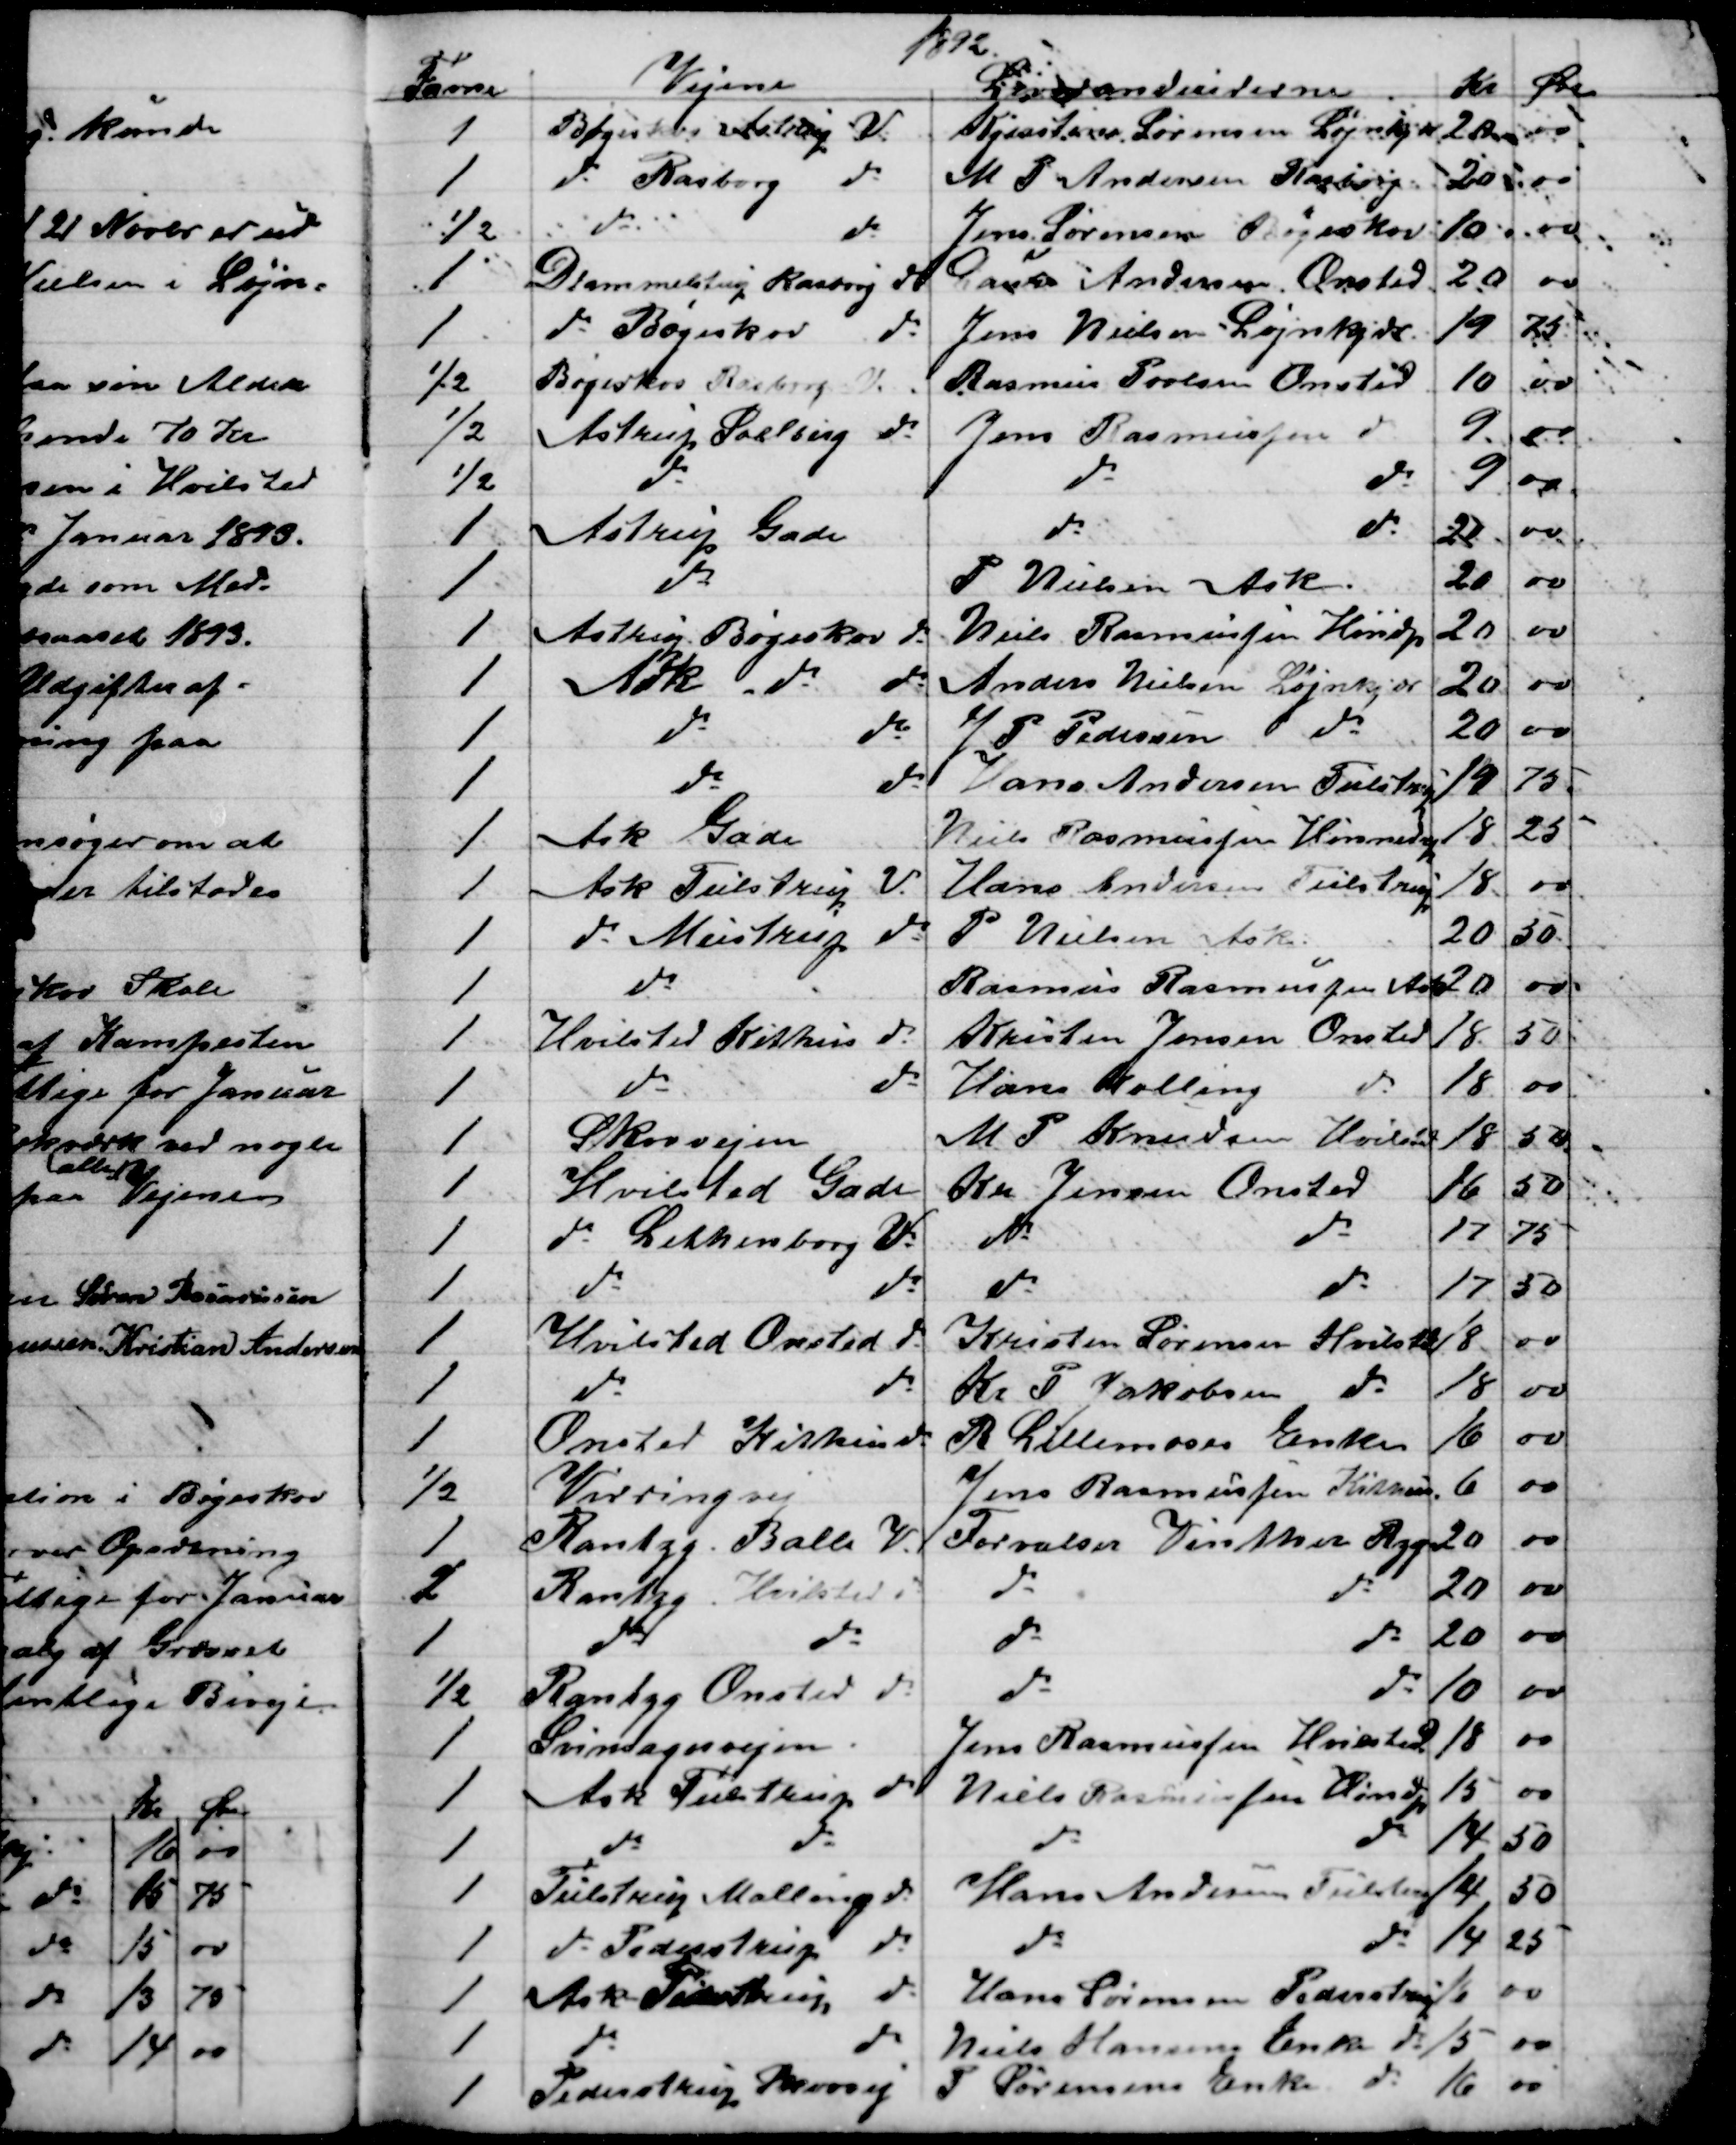
Transskription:
1892
Favne
Vejene
Leverandeurerne
Kr Øre
1
Bøgeskov Astrup V
Kjerstian Sørensen Løjnkjær
20
00
1
do Rasborg 
do
M P Andersen Rasborg
20
00
½
do
do
Jens Sørensen Bøgeskov
10
00
1
Drammelstrup Rasborg do
Laurs Andersen, Onsted
20
00
1
do Bøgeskov do
Jens Nielsen Løjnkjær
19
25 
½
Bøgeskov Rasbjerg V.
Rasmus Povlsen Onsted
10
00
½
Astrup Soelberg do
Jens Rasmussen do
9.
00
½
do
do
do
9
00
1 
Astrup Gade
do 
do
20
00
1
do
P Nielsen Ask
20
00
1
Astrup Bøgeskov do
Niels Rasmussen Hindp
20
00
1
Ask do do
Anders Nielsen Løjnkjær
20
00
1
do 
do
J. P. Pedersen do
20
00
1
do 
do
Hans AndersenTulstrup
19
75
1
Ask Gade
Niels Rasmussen Hinnedrup
18
25
1
Ask Tulstrup V.
Hans Andersen Tulstrup
18
00
1
do Mustrup do
P. Nielsen Ask
20
50
1
do 
Rasmus Rasmussen Ask
20
00
1
Hvilsted Kithus do
Kristen Jensen Onsted
18
50
1
do 
do 
Hans Kolling
do
18
00
1
Skovvejen
M P Knudsen Hvilsted
18
50
1
Hvilsted Gade
Kr. Jensen Onsted
16
50
1
do Lethenborg V
do 
do
17
75
1
do 
do
do 
do
17
50
1
Hvilsted Onsted do
Kristen Sørensen Hvilsted
18
00
1
do 
do
Kr P Jakobsen do
18
00
1
Onsted Kithus do
R Lillemoses Enke
16
00
½
Virringvej
Jens Rasmussen Kithus
6
00
1
Rantzg - Balle V.
Forvalter Vinther Rzg
20
00
1
Rantzg Hvilsted do
do 
do
20
00
1
do 
do
do 
do
20
00
½
Rantzg Onsted do
do 
do
10
00
1
Svinsagervejen.
Jens Rasmussen Hvilsted
18
00
1
Ask Tulstrup do
Niels Rasmussen Hindp
15
00
1
do 
do
do 
do
14
50
1
Tulstrup Malling do
Hans Andersen Tulstrup
14
50
1
do Pederstrup do
do 
do
14
25
1
Ask Pederstrup do
Hans Sørensen Pederstrup
16
00
1
do 
do
Niels Hansens Enke do 
15
00
1
Pederstrup Skovvej
P Sørensens Enke 
do
16
00